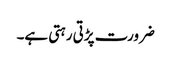
ضرورت پڑتی رہتی ہے۔